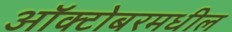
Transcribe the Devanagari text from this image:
ऑक्टोबरमधील